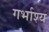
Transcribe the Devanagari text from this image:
गर्भाश्य